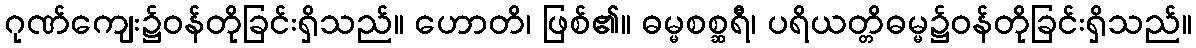
ဂုဏ်ကျေး၌ဝန်တိုခြင်းရှိသည်။ ဟောတိ၊ ဖြစ်၏။ ဓမ္မစစ္ဆရီ၊ ပရိယတ္တိဓမ္မ၌ဝန်တိုခြင်းရှိသည်။